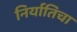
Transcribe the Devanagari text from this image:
निर्यातिचा